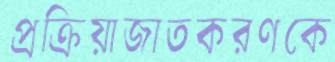
প্রক্রিয়াজাতকরণকে